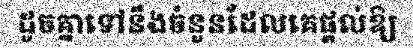
ដូចគ្នាទៅនឹងចំនួនដែលគេផ្តល់ឱ្យ